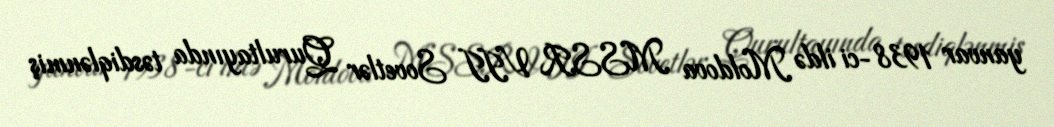
yanvar 1938-ci ildə Moldova MSSR VII Sovetlər Qurultayında təsdiqlənmiş